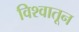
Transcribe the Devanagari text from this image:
विश्वातून